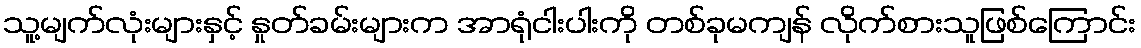
သူ့မျက်လုံးများနှင့် နှုတ်ခမ်းများက အာရုံငါးပါးကို တစ်ခုမကျန် လိုက်စားသူဖြစ်ကြောင်း